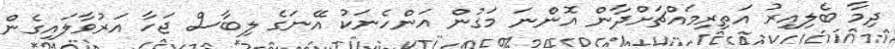
ދިމާ ބެލިއިރު އަތިރިމައްޗަށްދާން އޮންނަ މަގުން އަންހެނަކު އޭނަގެ ލިބާސް ޖަހާ އަރުވާލައިގެން